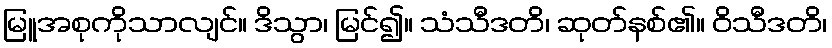
မြူအစုကိုသာလျင်။ ဒိသွာ၊ မြင်၍။ သံသီဒတိ၊ ဆုတ်နစ်၏။ ဝိသီဒတိ၊